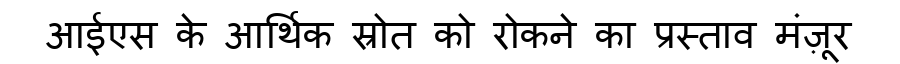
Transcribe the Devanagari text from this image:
आईएस के आर्थिक स्रोत को रोकने का प्रस्ताव मंज़ूर